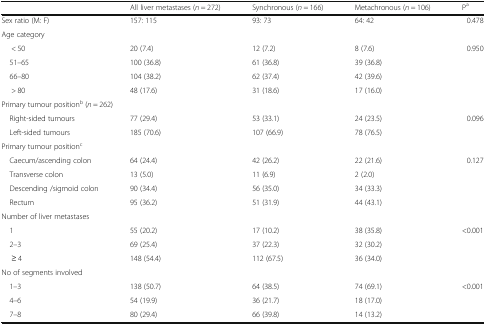
<table><thead><tr><td></td><td><b>All liver metastases (<i>n</i> = 272)</b></td><td><b>Synchronous (<i>n</i> = 166)</b></td><td><b>Metachronous (<i>n</i> = 106)</b></td><td><b>P<sup>a</sup></b></td></tr></thead><tbody><tr><td>Sex ratio (M: F)</td><td>157: 115</td><td>93: 73</td><td>64: 42</td><td>0.478</td></tr><tr><td colspan="5">Age category</td></tr><tr><td>&lt; 50</td><td>20 (7.4)</td><td>12 (7.2)</td><td>8 (7.6)</td><td rowspan="4">0.950</td></tr><tr><td> 51–65</td><td>100 (36.8)</td><td>61 (36.8)</td><td>39 (36.8)</td></tr><tr><td> 66–80</td><td>104 (38.2)</td><td>62 (37.4)</td><td>42 (39.6)</td></tr><tr><td>&gt; 80</td><td>48 (17.6)</td><td>31 (18.6)</td><td>17 (16.0)</td></tr><tr><td colspan="5">Primary tumour position<sup>b</sup> (<i>n</i> = 262)</td></tr><tr><td> Right-sided tumours</td><td>77 (29.4)</td><td>53 (33.1)</td><td>24 (23.5)</td><td rowspan="2">0.096</td></tr><tr><td> Left-sided tumours</td><td>185 (70.6)</td><td>107 (66.9)</td><td>78 (76.5)</td></tr><tr><td colspan="5">Primary tumour position<sup>c</sup></td></tr><tr><td> Caecum/ascending colon</td><td>64 (24.4)</td><td>42 (26.2)</td><td>22 (21.6)</td><td rowspan="4">0.127</td></tr><tr><td> Transverse colon</td><td>13 (5.0)</td><td>11 (6.9)</td><td>2 (2.0)</td></tr><tr><td> Descending /sigmoid colon</td><td>90 (34.4)</td><td>56 (35.0)</td><td>34 (33.3)</td></tr><tr><td> Rectum</td><td>95 (36.2)</td><td>51 (31.9)</td><td>44 (43.1)</td></tr><tr><td colspan="5">Number of liver metastases</td></tr><tr><td> 1</td><td>55 (20.2)</td><td>17 (10.2)</td><td>38 (35.8)</td><td rowspan="3">&lt;0.001</td></tr><tr><td> 2–3</td><td>69 (25.4)</td><td>37 (22.3)</td><td>32 (30.2)</td></tr><tr><td>≥ 4</td><td>148 (54.4)</td><td>112 (67.5)</td><td>36 (34.0)</td></tr><tr><td colspan="5">No of segments involved</td></tr><tr><td> 1–3</td><td>138 (50.7)</td><td>64 (38.5)</td><td>74 (69.1)</td><td rowspan="3">&lt;0.001</td></tr><tr><td> 4–6</td><td>54 (19.9)</td><td>36 (21.7)</td><td>18 (17.0)</td></tr><tr><td> 7–8</td><td>80 (29.4)</td><td>66 (39.8)</td><td>14 (13.2)</td></tr></tbody></table>